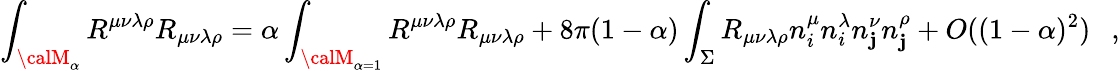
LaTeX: \int_{{\calM}_{\alpha}}R^{\mu\nu\lambda\rho}R_{\mu\nu\lambda\rho}=\alpha\int_{{\calM}_{\alpha=1}}R^{\mu\nu\lambda\rho}R_{\mu\nu\lambda\rho}+8\pi(1-\alpha)\int_{\Sigma}R_{\mu\nu\lambda\rho}n_{i}^{\mu}n_{i}^{\lambda}n_{\mathbf{j}}^{\nu}n_{\mathbf{j}}^{\rho}+O((1-\alpha)^{2})~~~,